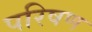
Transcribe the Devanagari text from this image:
परिषण